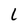
Character: L